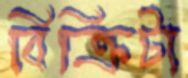
বিক্রিটা